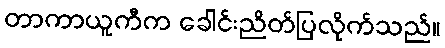
တာကာယူကီက ခေါင်းညိတ်ပြလိုက်သည်။